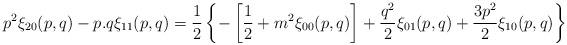
LaTeX: \begin{align*}p^2\xi_{20}(p,q) - p.q\xi_{11}(p,q) = {1\over 2}\left\{-\left[{1\over 2}+ m^2 \xi_{00}(p,q)\right] + {q^2\over 2} \xi_{01}(p,q) +{3p^2\over 2} \xi_{10}(p,q)\right\}\end{align*}